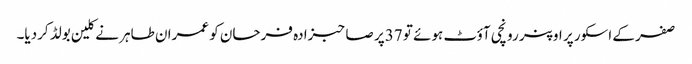
صفر کے اسکور پر اوپنر رونچی آؤٹ ہوئے تو 37پر صاحبزادہ فرحان کو عمران طاہر نے کلین بولڈ کردیا۔